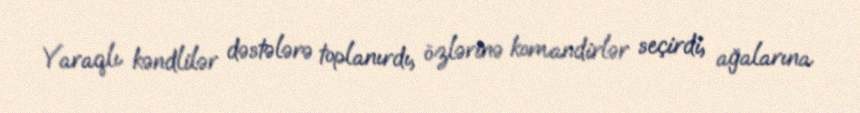
Yaraqlı kəndlilər dəstələrə toplanırdı, özlərinə komandirlər seçirdi, ağalarına